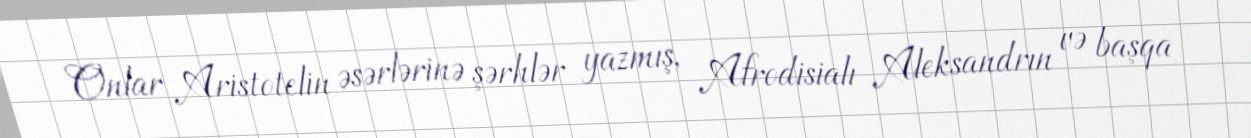
Onlar Aristotelin əsərlərinə şərhlər yazmış, Afrodisialı Aleksandrın və başqa